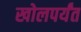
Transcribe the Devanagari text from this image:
खोलपर्यंत